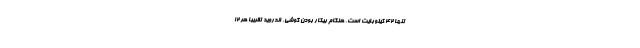
تنها ۴۲ کیلوبایت است. هنگام بیکار بودن گوشی، اندروید تقریبا هر ۱۲